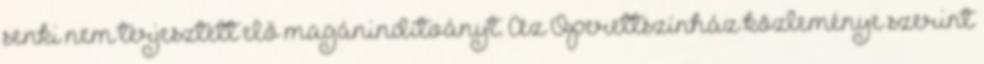
senki nem terjesztett elő magánindítványt. Az Operettszínház közleménye szerint